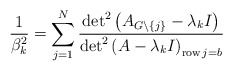
\begin{align*}\frac{1}{\beta_{k}^{2}}=\sum_{j=1}^{N}\frac{\det^{2}\left( A_{G\backslash\left\{ j\right\} }-\lambda_{k}I\right) }{\det^{2}\left( A-\lambda_{k}I\right) _{\operatorname{row}j=b}} \end{align*}